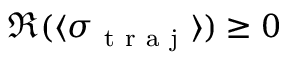
\Re ( \langle \sigma _ { \mathrm { ~ t ~ r ~ a ~ j ~ } } \rangle ) \geq 0